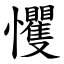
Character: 戄